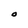
Character: o